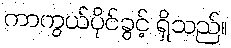
ကာကွယ်ပိုင်ခွင့် ရှိသည်။